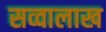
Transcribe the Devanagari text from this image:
सव्वालाख